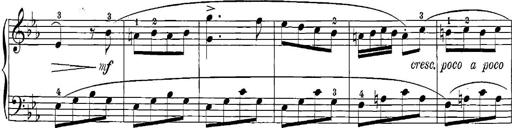
Title: 12 Sonatinas
Composer: Ignaz Pleyel